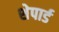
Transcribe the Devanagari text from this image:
शेपार्ड